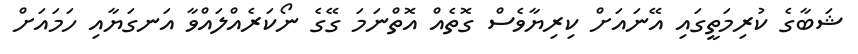
ޝަބާގެ ކުރިމަތީގައި އޭނައަށް ކިރިޔާވެސް ގޮތެއް އޮތްނަމަ ގޭގެ ނޯކަރެއްލައްވާ އަނގަޔާއި ހަމައަށް